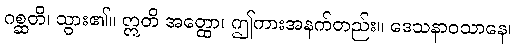
ဂစ္ဆတိ၊ သွား၏။ ဣတိ အတ္ထော၊ ဤကားအနက်တည်း။ ဒေသနာဝသာနေ၊